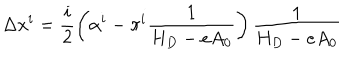
LaTeX: \Delta x ^ { i } = \frac i 2 \left( \alpha ^ { i } - \pi ^ { i } \frac 1 { H _ { D } - e A _ { 0 } } \right) \frac 1 { H _ { D } - e A _ { 0 } }